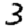
Digit: 3